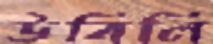
উবিলি